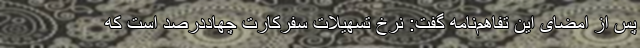
پس از امضای این تفاهم‌نامه گفت: نرخ تسهیلات سفرکارت چهاددرصد است که